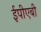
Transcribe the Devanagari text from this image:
ईपीएबी